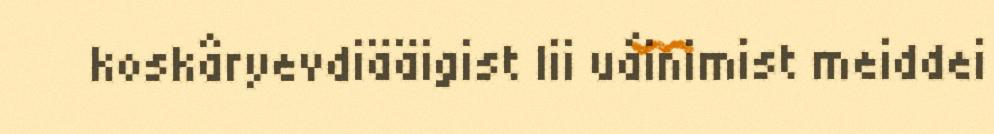
koskâryevdiääigist lii uáinimist meiddei